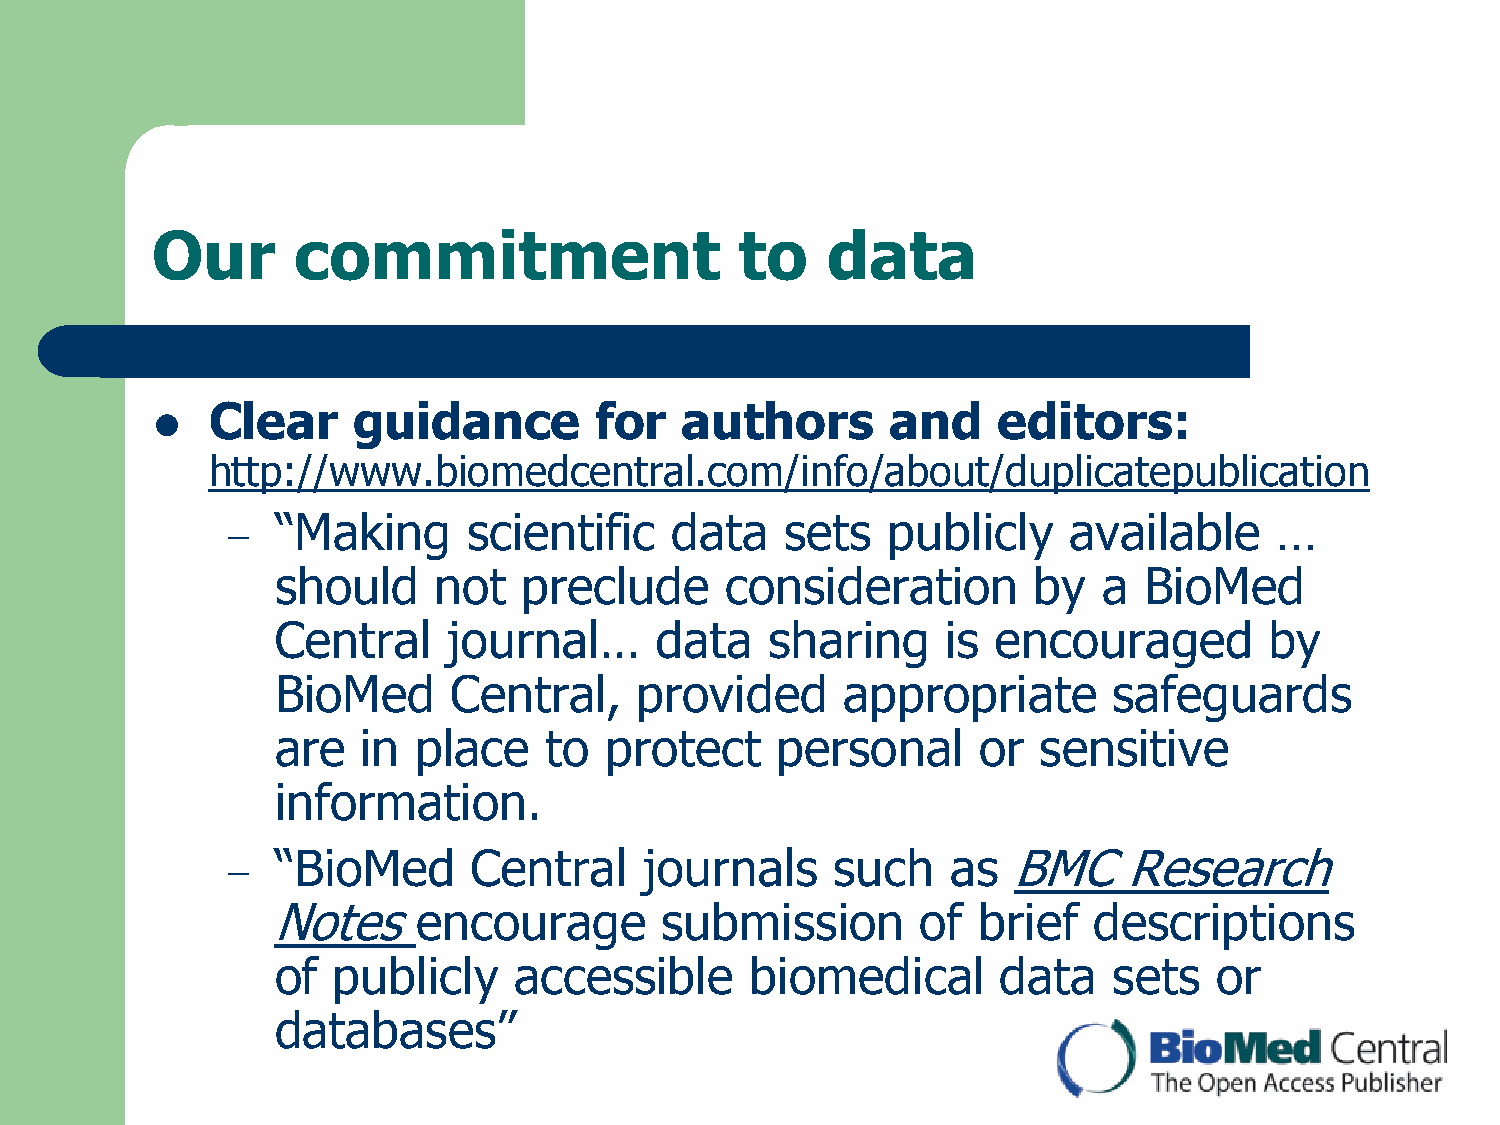
Our      commitment                    to    data
 Clear    guidance        for   authors       and    editors:
 
 http://www.biomedcentral.com/info/about/duplicatepublication
 “Making      scientific   data    sets   publicly    available     …
 –
 should     not   preclude     consideration       by   a  BioMed
 Central     journal…     data    sharing     is encouraged        by
 BioMed      Central,    provided      appropriate       safeguards
 are   in  place   to  protect    personal      or  sensitive
 information.
 “BioMed      Central     journals    such    as  BMC    Research
 –
 Notesencourage            submission       of  brief  descriptions
 of  publicly    accessible      biomedical      data    sets  or
 databases”